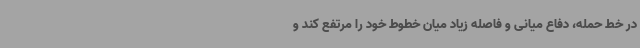
در خط حمله، دفاع میانی و فاصله زیاد میان خطوط خود را مرتفع کند و